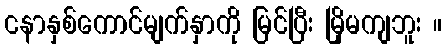
ငနာနှစ်ကောင်မျက်နှာကို မြင်ပြီး မြိုမကျဘူး ။